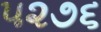
૫૨૭૬